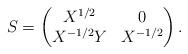
LaTeX: \begin{align*}S =\begin{pmatrix}X^{1/2} & 0\\X^{-1/2} Y & X^{-1/2}\end{pmatrix}.\end{align*}